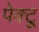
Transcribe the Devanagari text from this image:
पेक्टू